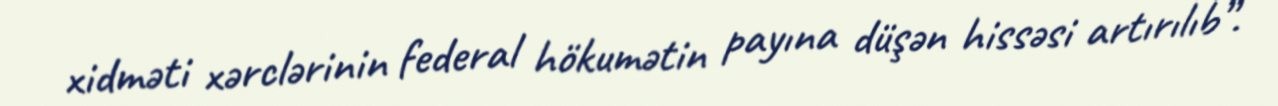
xidməti xərclərinin federal hökumətin payına düşən hissəsi artırılıb”.